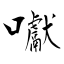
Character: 囐